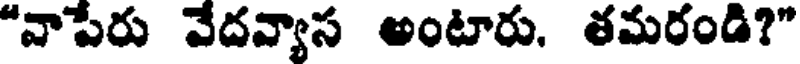
"వాపేరు వేదవ్యాస అంటారు. తమరండి?"